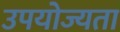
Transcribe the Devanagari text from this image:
उपयोज्यता